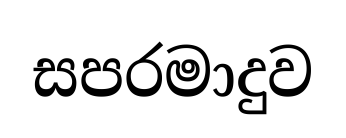
සපරමාදුව